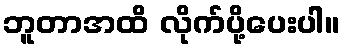
ဘူတာအထိ လိုက်ပို့ပေးပါ။